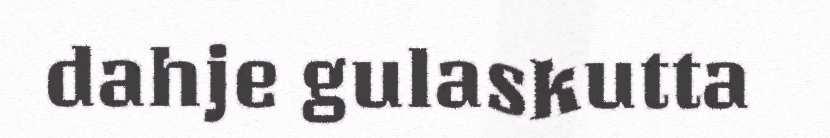
dahje gulaskutta